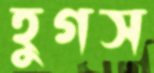
হুগস